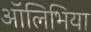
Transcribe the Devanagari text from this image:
ऑलिभिया